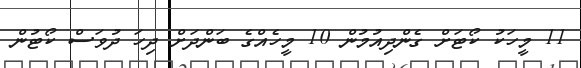
11 މީހަކު ކޯޓަށް ގެންދިއުމުން 10 މީހެއްގެ ބަންދަށް ދިހަ ދުވަސް ކޯޓުން